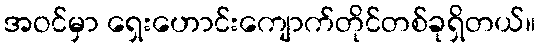
အဝင်မှာ ရှေးဟောင်းကျောက်တိုင်တစ်ခုရှိတယ်။